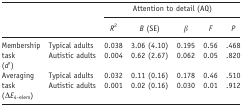
<table><thead><tr><td></td><td></td><td colspan="5"><b>Attention to detail (AQ)</b></td></tr><tr><td></td><td></td><td><b><i>R</i><sup>2</sup></b></td><td><b><i>B</i> (SE)</b></td><td><b><i>β</i></b></td><td><b><i>F</i></b></td><td><b><i>P</i></b></td></tr></thead><tbody><tr><td rowspan="2">Membership task(<i>d′</i>)</td><td>Typical adults</td><td>0.038</td><td>3.06 (4.10)</td><td>0.195</td><td>0.56</td><td>.468</td></tr><tr><td>Autistic adults</td><td>0.004</td><td>0.62 (2.67)</td><td>0.062</td><td>0.05</td><td>.820</td></tr><tr><td rowspan="2">Averaging task(Δ<i>E</i><sub>4‐elem</sub>)</td><td>Typical adults</td><td>0.032</td><td>0.11 (0.16)</td><td>0.178</td><td>0.46</td><td>.510</td></tr><tr><td>Autistic adults</td><td>0.001</td><td>0.02 (0.16)</td><td>0.030</td><td>0.01</td><td>.912</td></tr></tbody></table>